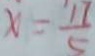
x = \frac { 1 7 } { 5 }